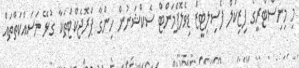
މި މިނިސްޓްރީގެ ފިޒިކަލް ފެސިލިޓީޒް ޑިވެލޮޕްމަންޓް ސެކްޝަނުން ހިންގާ ޕްރޮޖެކްޓްތަކާ ގުޅޭ މަސައްކަތްތައް